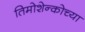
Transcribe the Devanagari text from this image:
तिमोशेन्कोच्या